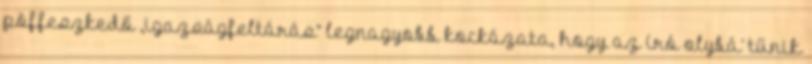
pöffeszkedő „igazságfeltárás” legnagyobb kockázata, hogy az író olybá’ tűnik